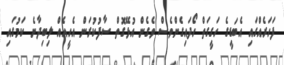
ފަހަރެއްގައި އެބަޑީގެ ހަގީގަތް ހޯދައިގެންވެސް ވެގެން އުޅޭގޮތް ސާފުކުރަން އެހީއެއް ލިބިދާނެ ކަމުގައި